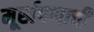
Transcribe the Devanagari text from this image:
मूर्खपणाची